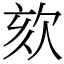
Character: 欬